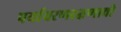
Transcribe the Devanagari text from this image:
पर्यावरणरक्षणाची